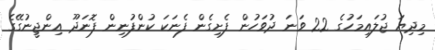
މިދިޔަ ޖުލައިމަހުގެ 22 ވަނަ ދުވަހުން ފެށިގެން ފެނަކަ ކުންފުނިން ފޮނަދޫ އިންޖީނުގޭގެ